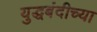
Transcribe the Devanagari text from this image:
युद्धबंदीच्या